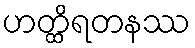
ဟတ္ထိရတနဿ